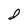
Character: d